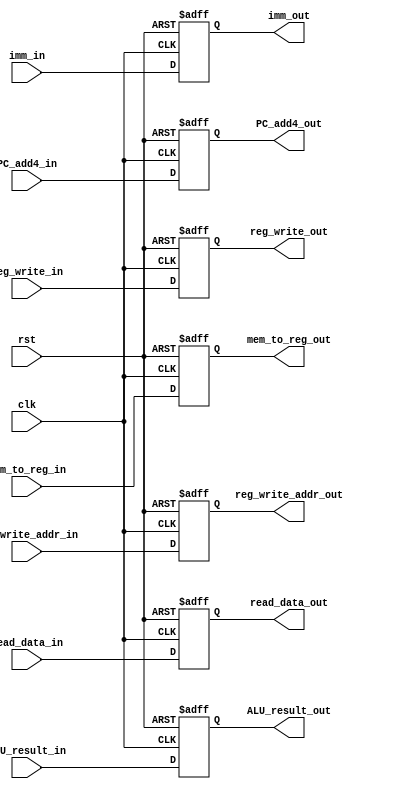
`timescale 1ns / 1ps
//////////////////////////////////////////////////////////////////////////////////
// Company: 
// Engineer: 
// 
// Design Name: 
// Module Name: MEM_WB
// Project Name: 
// Target Devices: 
// Tool Versions: 
// Description: 
// 
// Dependencies: 
// 
// Revision:
// Revision 0.01 - File Created
// Additional Comments:
// 
//////////////////////////////////////////////////////////////////////////////////


module MEM_WB(
input clk,
input rst,
input [31:0] read_data_in,
input [31:0] ALU_result_in,
input [1:0] mem_to_reg_in,
input [31:0] imm_in,
input reg_write_in,
input [4:0] reg_write_addr_in,
input [31:0] PC_add4_in,
output [31:0] read_data_out,
output [31:0] ALU_result_out,
output [1:0] mem_to_reg_out,
output [31:0] imm_out,
output reg_write_out,
output [4:0] reg_write_addr_out,
output [31:0] PC_add4_out
    );
 
reg [31:0] read_data, ALU_result, imm, PC_add4;
reg [1:0] mem_to_reg;
reg [4:0] reg_write_addr;
reg reg_write;

always @ (posedge clk or posedge rst)
begin
    if(rst)
    begin
        read_data <= 0;
        ALU_result <= 0;
        imm <= 0;
        mem_to_reg <= 0;
        reg_write <= 0;
        reg_write_addr <= 0;
        PC_add4 <= 0;
    end
    
    else
    begin
        read_data <= read_data_in;
        ALU_result <= ALU_result_in;
        imm <= imm_in;
        mem_to_reg <= mem_to_reg_in;
        reg_write <= reg_write_in;
        reg_write_addr <= reg_write_addr_in;
        PC_add4 <= PC_add4_in;
    end
end    

assign read_data_out = read_data;
assign ALU_result_out = ALU_result;
assign imm_out = imm;
assign mem_to_reg_out = mem_to_reg;
assign reg_write_out = reg_write;
assign reg_write_addr_out = reg_write_addr;
assign PC_add4_out = PC_add4;
    
endmodule